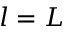
l = L